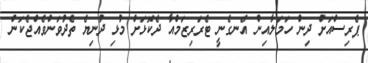
ޕެރިސްއަށް ދިން ހަމަލާއިން އެނގެނީ ޓެރަރިޒަމްއާ ދެކޮޅަށް މުޅި ދުނިޔެ ތެދުވަންވެއްޖެކަން